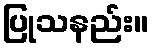
ပြုသနည်း။